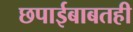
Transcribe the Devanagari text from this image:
छपाईबाबतही